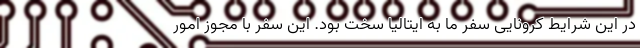
در این شرایط کرونایی سفر ما به ایتالیا سخت بود. این سفر با مجوز امور